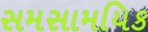
સમસામયિક